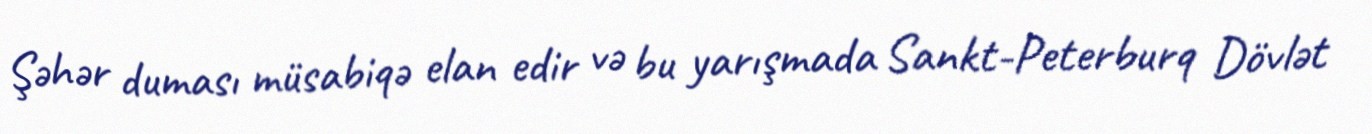
Şəhər duması müsabiqə elan edir və bu yarışmada Sankt-Peterburq Dövlət